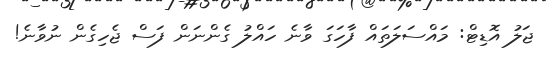
ޖަލު އޮޑިޓް: މައްސަލަތައް ފާހަގަ ވާނެ ހައްލު ގެންނަން ފަސް ޖެހިގެން ނުވާނެ!